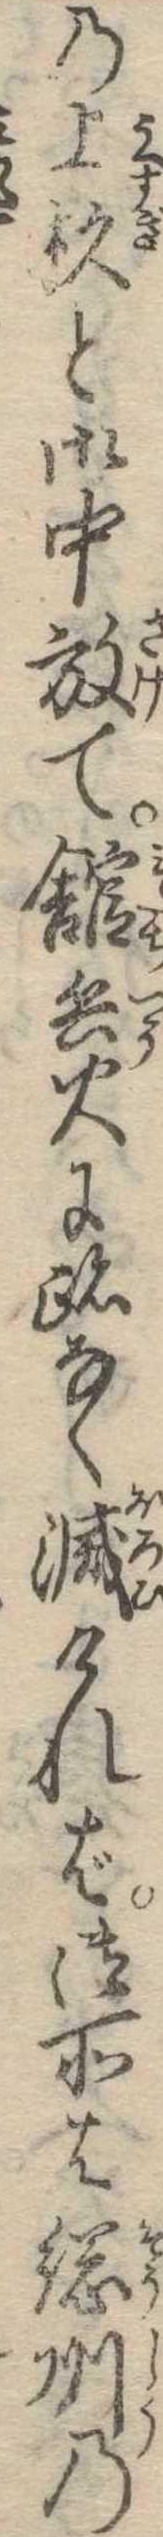
の上杉と御中放て館兵火に跡なく滅ければ御所は総州の